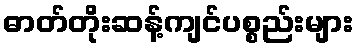
ဓာတ်တိုးဆန့်ကျင်ပစ္စည်းများ